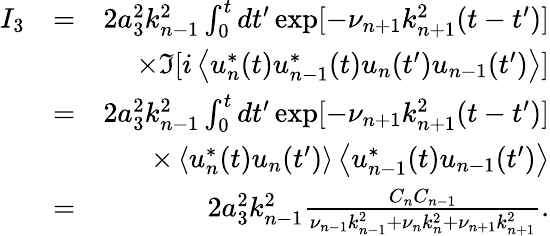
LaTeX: \begin{array}{rlr}{I_{3}}&{=}&{2a_{3}^{2}k_{n-1}^{2}\int_{0}^{t}dt^{\prime}\exp[-\nu_{n+1}k_{n+1}^{2}(t-t^{\prime})]}\\ &{}&{\times\Im[i\left\langle u_{n}^{*}(t)u_{n-1}^{*}(t)u_{n}(t^{\prime})u_{n-1}(t^{\prime})\right\rangle]}\\ &{=}&{2a_{3}^{2}k_{n-1}^{2}\int_{0}^{t}dt^{\prime}\exp[-\nu_{n+1}k_{n+1}^{2}(t-t^{\prime})]}\\ &{}&{\times\left\langle u_{n}^{*}(t)u_{n}(t^{\prime})\right\rangle\left\langle u_{n-1}^{*}(t)u_{n-1}(t^{\prime})\right\rangle}\\ &{=}&{2a_{3}^{2}k_{n-1}^{2}\frac{C_{n}C_{n-1}}{\nu_{n-1}k_{n-1}^{2}+\nu_{n}k_{n}^{2}+\nu_{n+1}k_{n+1}^{2}}.}\end{array}